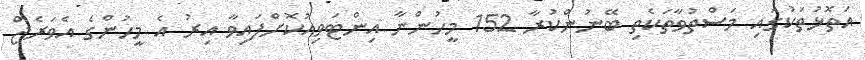
އަތޮޅުތަކުގައި މަސްތުވާތަކެތި ބޭނުންކުރާ 152 މީހުންނާ އިންޓަވިއުކޮށްފައިވާ އިރު އެ މީހުންގެ އެވަރެޖް